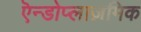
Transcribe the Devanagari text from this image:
एॆन्डोप्लाज़मिक